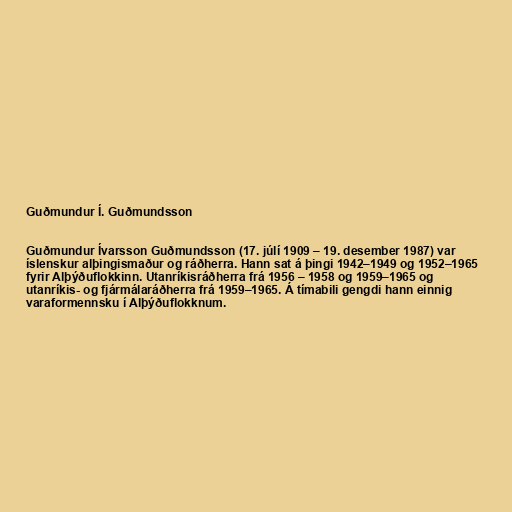
Guðmundur Í. Guðmundsson

Guðmundur Ívarsson Guðmundsson (17. júlí 1909 – 19. desember 1987) var
íslenskur alþingismaður og ráðherra. Hann sat á þingi 1942–1949 og 1952–1965
fyrir Alþýðuflokkinn. Utanríkisráðherra frá 1956 – 1958 og 1959–1965 og
utanríkis- og fjármálaráðherra frá 1959–1965. Á tímabili gengdi hann einnig
varaformennsku í Alþýðuflokknum.